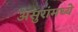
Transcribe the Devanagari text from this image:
असुरांमध्ये